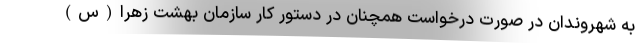
به شهروندان در صورت درخواست همچنان در دستور کار سازمان بهشت زهرا(س)